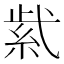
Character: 𬗋